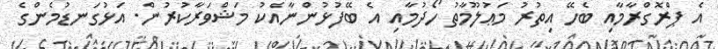
އެ ޕްރޮގްރާމާއި ބެހޭ އިތުރު މަޢުލޫމާތު ހޯދުމާއި އެ ބޭފުޅުންނާއެކު މަޝްވަރާކުރުން. އަޅުގަނޑުމެންގެ